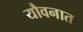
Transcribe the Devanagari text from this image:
यौवनात